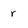
Character: r